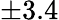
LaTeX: \pm 3.4